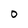
Character: 0